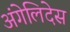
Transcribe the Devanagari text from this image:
अंगेलिदेस